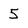
Character: 5